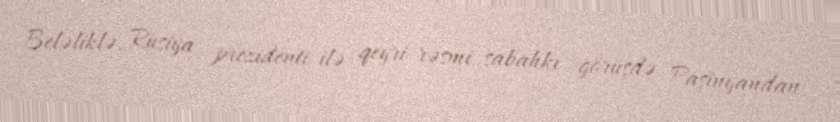
Beləliklə, Rusiya prezidenti ilə qeyri-rəsmi sabahkı görüşdə Paşinyandan